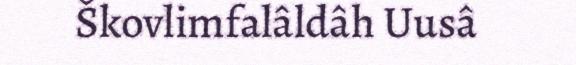
Škovlimfalâldâh Uusâ